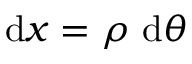
\mathrm { d } x = \rho ~ \mathrm { d } \theta